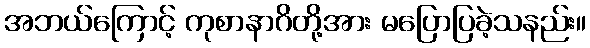
အဘယ်ကြောင့် ကုစာနာဂိတို့အား မပြောပြခဲ့သနည်း။